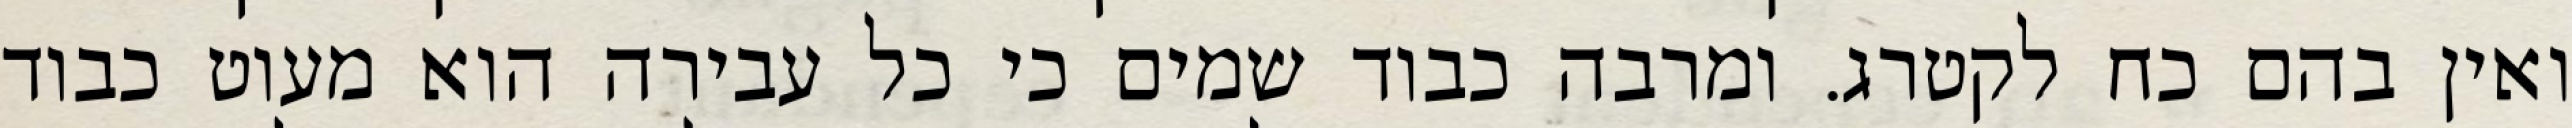
ואין בהם כח לקטרג. ומרבה כבוד שמים כי כל עבירה הוא מעוט כבוד